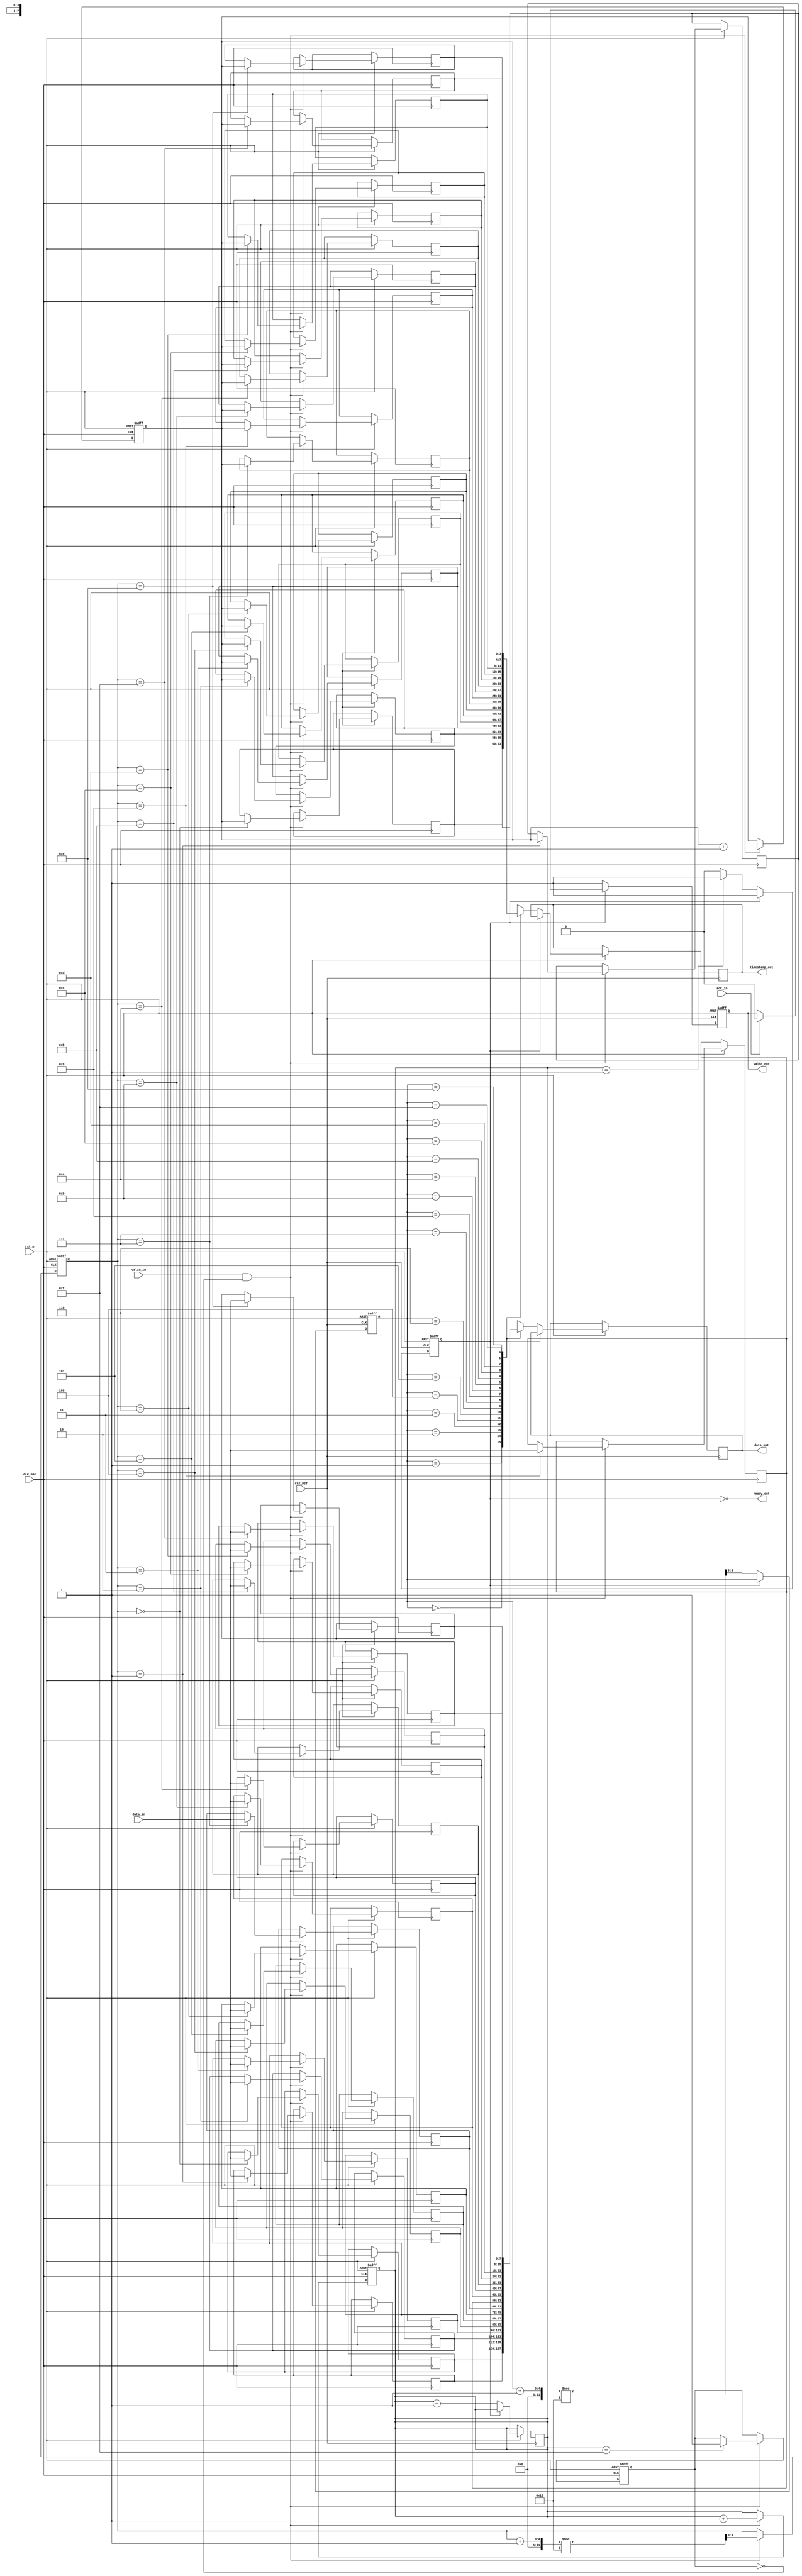
module TimeStampedSynchronizer #(
    parameter DATA_WIDTH = 8,
    parameter FIFO_DEPTH = 16
)(
    input wire CLK_SRC,                // Source clock
    input wire CLK_DST,                // Destination clock
    input wire rst_n,                  // Active low reset
    input wire [DATA_WIDTH-1:0] data_in, // Data input from source clock domain
    input wire valid_in,               // Valid signal for data input
    output wire ready_out,             // Ready signal for destination clock domain
    output reg [DATA_WIDTH-1:0] data_out, // Data output to destination clock domain
    output reg [3:0] timestamp_out,    // Timestamp output
    output reg valid_out,              // Valid signal for data output
    input wire ack_in                  // Acknowledgment signal from destination clock domain
);

    // FIFO buffer
    reg [DATA_WIDTH-1:0] fifo_data [0:FIFO_DEPTH-1];
    reg [3:0] fifo_timestamp [0:FIFO_DEPTH-1];
    reg [3:0] write_ptr, read_ptr;
    reg [3:0] fifo_count;

    // Handshaking signals
    reg fifo_full;
    reg fifo_empty;

    // Timestamp counter
    reg [3:0] timestamp_counter;

    // Synchronization flip-flops for control signals
    reg valid_in_sync1, valid_in_sync2;
    reg ack_in_sync1, ack_in_sync2;

    // FIFO write logic
    always @(posedge CLK_SRC or negedge rst_n) begin
        if (!rst_n) begin
            write_ptr <= 0;
            fifo_count <= 0;
            timestamp_counter <= 0;
            fifo_full <= 0;
        end else if (valid_in && !fifo_full) begin
            fifo_data[write_ptr] <= data_in;
            fifo_timestamp[write_ptr] <= timestamp_counter;
            write_ptr <= (write_ptr + 1) % FIFO_DEPTH;
            fifo_count <= fifo_count + 1;
            timestamp_counter <= timestamp_counter + 1;
            if (fifo_count == FIFO_DEPTH - 1) begin
                fifo_full <= 1;
            end
        end
    end

    // FIFO read logic
    always @(posedge CLK_DST or negedge rst_n) begin
        if (!rst_n) begin
            read_ptr <= 0;
            valid_out <= 0;
            fifo_empty <= 1;
        end else if (ready_out && !fifo_empty) begin
            data_out <= fifo_data[read_ptr];
            timestamp_out <= fifo_timestamp[read_ptr];
            valid_out <= 1;
            read_ptr <= (read_ptr + 1) % FIFO_DEPTH;
            fifo_count <= fifo_count - 1;
            if (fifo_count == 1) begin
                fifo_empty <= 1;
            end
        end else if (ack_in) begin
            valid_out <= 0;
        end
    end

    // Ready signal generation
    assign ready_out = !fifo_empty;

    // Synchronize valid_in and ack_in signals
    always @(posedge CLK_SRC or negedge rst_n) begin
        if (!rst_n) begin
            valid_in_sync1 <= 0;
            valid_in_sync2 <= 0;
        end else begin
            valid_in_sync1 <= valid_in;
            valid_in_sync2 <= valid_in_sync1;
        end
    end

    always @(posedge CLK_DST or negedge rst_n) begin
        if (!rst_n) begin
            ack_in_sync1 <= 0;
            ack_in_sync2 <= 0;
        end else begin
            ack_in_sync1 <= ack_in;
            ack_in_sync2 <= ack_in_sync1;
        end
    end

endmodule